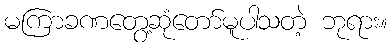
မကြာခဏတွေ့ဆုံတော်မူပါသတဲ့ ဘုရား။